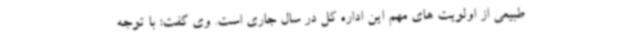
طبیعی از اولویت های مهم این اداره کل در سال جاری است. وی گفت: با توجه